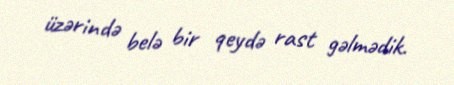
üzərində belə bir qeydə rast gəlmədik.